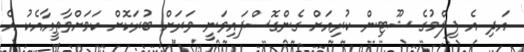
އަދި އެ ފިލްމުގެ ޝޫޓިން ކުރިއަށް ގެންގޮސްފައިވަނީ ވަރަށް ބުރަކޮށް ކަމަށްވާތީއާއެކު އެ